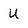
Character: U